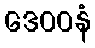
ဒေဝဝနံ